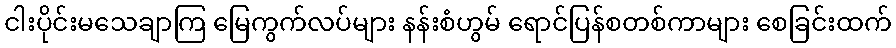
ငါးပိုင်းမသေချာကြ မြေကွက်လပ်များ နန်းစံဟွမ် ရောင်ပြန်စတစ်ကာများ စေခြင်းထက်